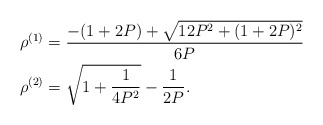
\begin{align*}&\rho^{(1)}=\frac{-(1+2P)+\sqrt{12P^2+(1+2P)^2}}{6P}\\&\rho^{(2)}=\sqrt{1+\frac{1}{4P^2}}-\frac{1}{2P}.\end{align*}